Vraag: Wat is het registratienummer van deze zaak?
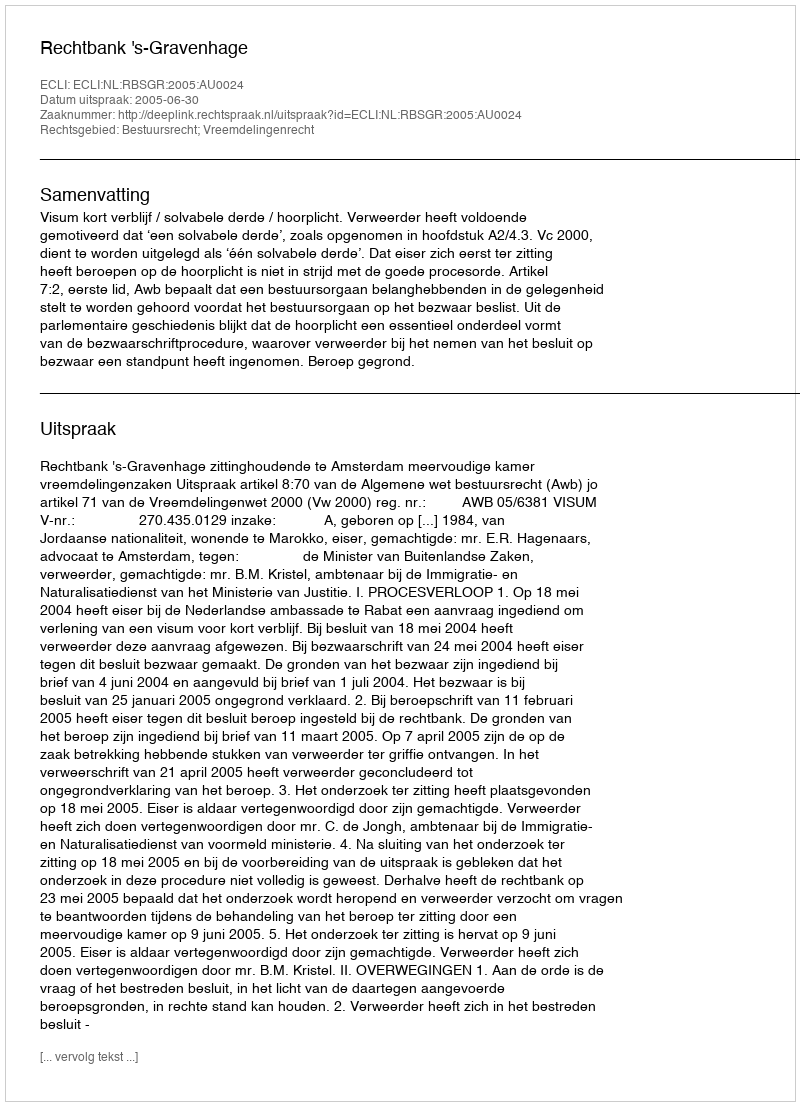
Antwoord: http://deeplink.rechtspraak.nl/uitspraak?id=ECLI:NL:RBSGR:2005:AU0024